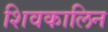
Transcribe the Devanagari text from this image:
शिवकालिन